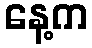
နေ့က